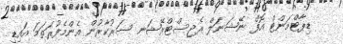
ޑިޕާޓްމަންޓް އޮފް ނޭޝަނަލް ރެޖިސްޓްރޭޝަނ ސަރުކާރުން އެންމެފުރަތަމަ އައިޑީ